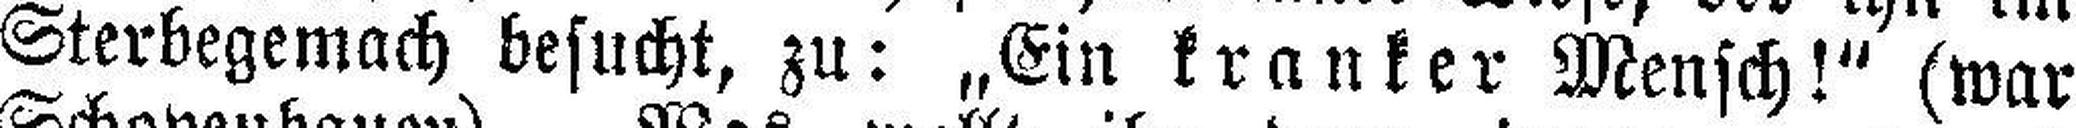
Sterbegemach besucht, zu: „Ein kranker Mensch!" (war